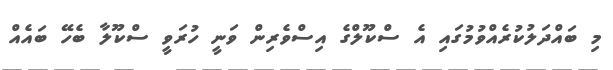
މި ބައްދަލުކުރެއްވުމުގައި އެ ސްކޫލްގެ އިސްވެރިން ވަނީ ހުރަވީ ސްކޫލާ ބެހޭ ބައެއް